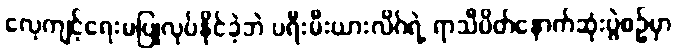
လေ့ကျင့်ရေးမပြုလုပ်နိုင်ခဲ့ဘဲ ပရီးမီးယားလိဂ်ရဲ့ ရာသီပိတ်နောက်ဆုံးပွဲစဉ်မှာ